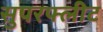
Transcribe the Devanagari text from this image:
सुपरफ्लीट